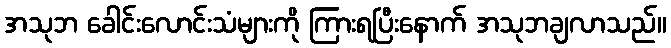
အသုဘ ခေါင်းလောင်းသံများကို ကြားရပြီးနောက် အသုဘချလာသည်။